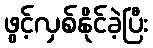
ဖွင့်လှစ်နိုင်ခဲ့ပြီး